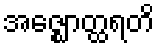
အဇ္ဈောတ္ထရတိ